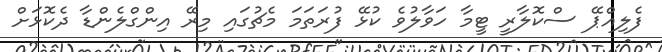
ފެލިއްޕޭ ސްކޮލާރީ ޓީމާ ހަވާލުވެ ކުޅޭ ފުރަތަމަ މެޗުގައި މިރޭ އިންގްލެންޑާ ދެކޮޅަށް